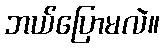
ဘယ်ပြောမလဲ။